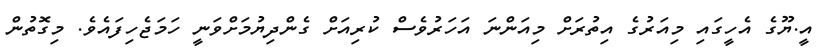
އީ.ޔޫގެ އެހީގައި މިއަރުގެ އިތުރަށް މިއަންނަ އަހަރުވެސް ކުރިއަށް ގެންދިޔުމަށްވަނީ ހަމަޖެހިފައެވެ. މިގޮތުން